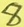
Text: 8